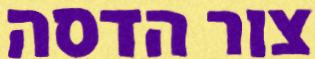
צור הדסה